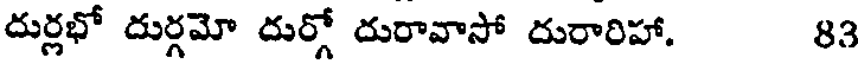
దుర్లభో దుర్గమో దుర్గో దురావాసో దురారిహా. 83